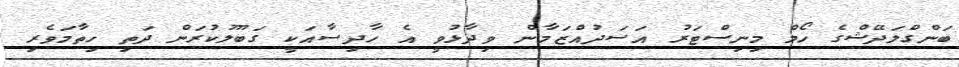
ބަންގްލަދޭޝްގެ ހޯމް މިނިސްޓަރު އަސަދުއްޒަމާން ވިދާޅުވީ އެ ހާދިސާއަކީ ގަބޫލުކުރަން ދަތި ހިތާމަވެރި